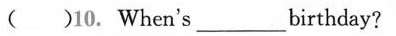
( )10. When's___birthday?